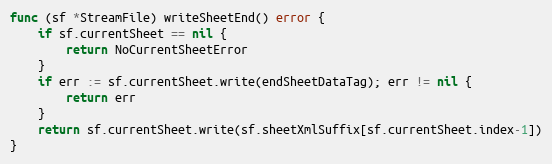
Language: Go
func (sf *StreamFile) writeSheetEnd() error {
	if sf.currentSheet == nil {
		return NoCurrentSheetError
	}
	if err := sf.currentSheet.write(endSheetDataTag); err != nil {
		return err
	}
	return sf.currentSheet.write(sf.sheetXmlSuffix[sf.currentSheet.index-1])
}